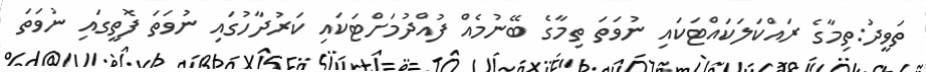
ތަވީދު:ތިމާގެ ރައްކަލަކައްޓަކައި ނުވަތަ ތިމާގެ ބޭނުމެއް ފުއްދުމަށްޓަކައި ކަރުދާހުގައި ނުވަތަ ފޮތީގައި ނުވަތަ